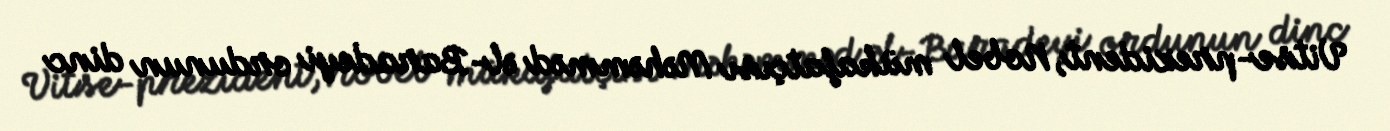
Vitse-prezident, Nobel mükafatçısı Məhəmməd əl-Baradeyi ordunun dinc